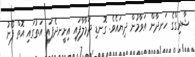
ޝާރިގްގެ ހަނދާން އަވާމުން ދިޔައެވެ. ގޮނޑި ދަމާލާފައި އިށީނދެފައި އަތުގައި އޮތް ފޯނު